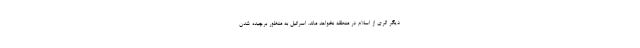
دیگر اثری از اسلام در منطقه نخواهد ماند. اسرائیل به منظور برچیده شدن